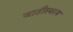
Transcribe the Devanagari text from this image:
जातीस्वरम